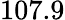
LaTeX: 107.9